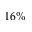
1 6 \%